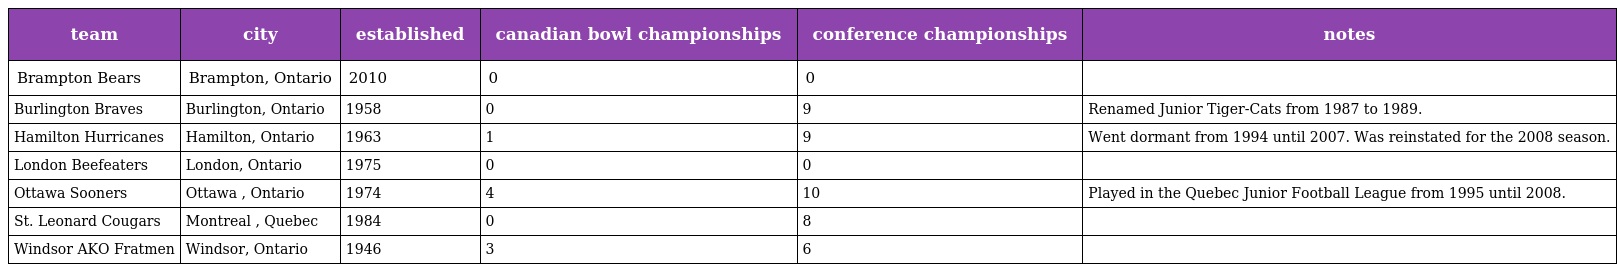
| team | city | established | canadian bowl championships | conference championships | notes |
 | --- | --- | --- | --- | --- | --- |
 | Brampton Bears | Brampton, Ontario | 2010 | 0 | 0 |  |
 | Burlington Braves | Burlington, Ontario | 1958 | 0 | 9 | Renamed Junior Tiger-Cats from 1987 to 1989. |
 | Hamilton Hurricanes | Hamilton, Ontario | 1963 | 1 | 9 | Went dormant from 1994 until 2007. Was reinstated for the 2008 season. |
 | London Beefeaters | London, Ontario | 1975 | 0 | 0 |  |
 | Ottawa Sooners | Ottawa , Ontario | 1974 | 4 | 10 | Played in the Quebec Junior Football League from 1995 until 2008. |
 | St. Leonard Cougars | Montreal , Quebec | 1984 | 0 | 8 |  |
 | Windsor AKO Fratmen | Windsor, Ontario | 1946 | 3 | 6 |  |